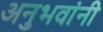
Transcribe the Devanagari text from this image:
अनुभवांनी